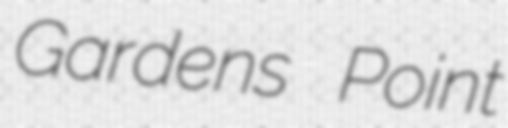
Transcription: Gardens Point